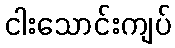
ငါးသောင်းကျပ်